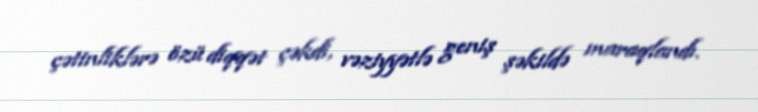
çətinliklərə özü diqqət çəkdi, vəziyyətlə geniş şəkildə maraqlandı.